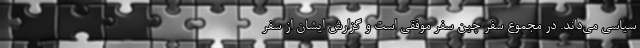
سیاسی می‌داند. در مجموع سفر چین سفر موفقی است و گزارش ایشان از سفر